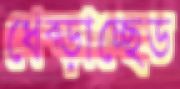
ধেব্‌ড়াচ্ছেড